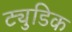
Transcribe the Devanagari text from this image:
ट्युडिक